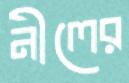
নীলের